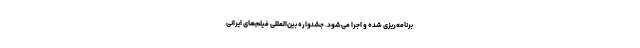
برنامه‌ریزی شده و اجرا می‌شود. جشنواره بین‌المللی فیلم‌های ایرانی